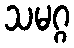
သမဂ္ဂ